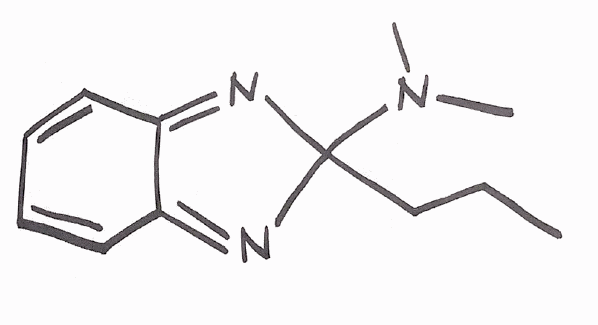
Simplified molecular-input line-entry system (SMILES) notation of the given molecule:
CCCC1(N=C2C=CC=CC2=N1)N(C)C